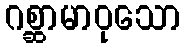
ဂစ္ဆာမာဝုသော